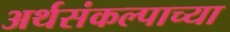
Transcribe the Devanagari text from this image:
अर्थसंकल्पाच्या